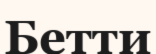
Бетти